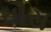
ઘૌસ